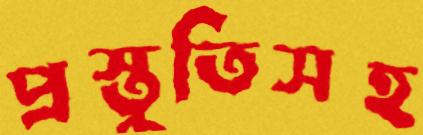
প্রস্তুতিসহ